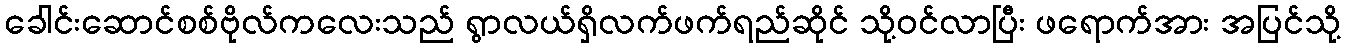
ခေါင်းဆောင်စစ်ဗိုလ်ကလေးသည် ရွာလယ်ရှိလက်ဖက်ရည်ဆိုင် သို့ဝင်လာပြီး ဖရောက်အား အပြင်သို့